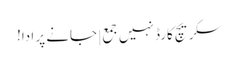
سکریچ کارڈ نہیں جمع | جانے پر ادا!